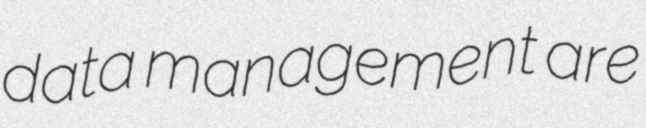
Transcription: data management are